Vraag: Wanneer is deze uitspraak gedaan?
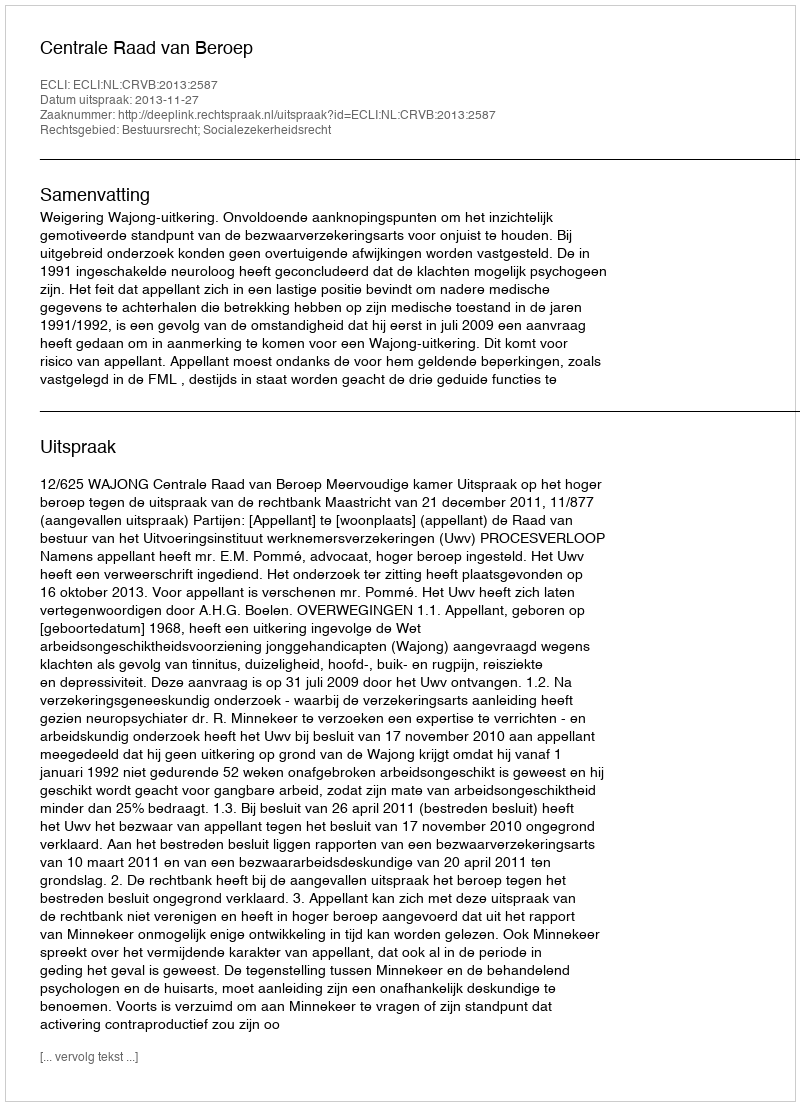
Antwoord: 2013-11-27